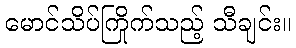
မောင်သိပ်ကြိုက်သည့် သီချင်း။